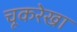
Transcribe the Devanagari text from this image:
चूकरेखा